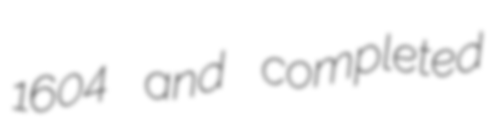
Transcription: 1604 and completed